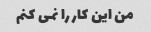
من این کار را نمی کنم